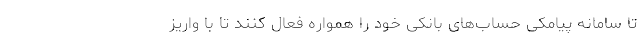
تا سامانه پیامکی حساب‌های بانکی خود را همواره فعال کنند تا با واریز